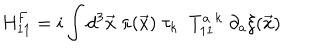
\mathrm { H } _ { 1 1 } ^ { F } = i \int d ^ { 3 } { \vec { x } } \; \pi ( { \vec { x } } ) \; \tau _ { k } \; \; T _ { 1 1 } ^ { a \; k } \; \partial _ { a } { \xi } ( \vec { x } )